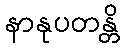
နာနုပတန္တိ